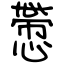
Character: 慸